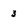
Character: 3